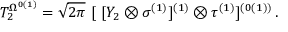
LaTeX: T _ { 2 } ^ { \Omega ^ { 0 ( 1 ) } } = \sqrt { 2 \pi } \ [ \ [ Y _ { 2 } \otimes \sigma ^ { ( 1 ) } ] ^ { ( 1 ) } \otimes \tau ^ { ( 1 ) } ] ^ { ( 0 ( 1 ) ) } \, .